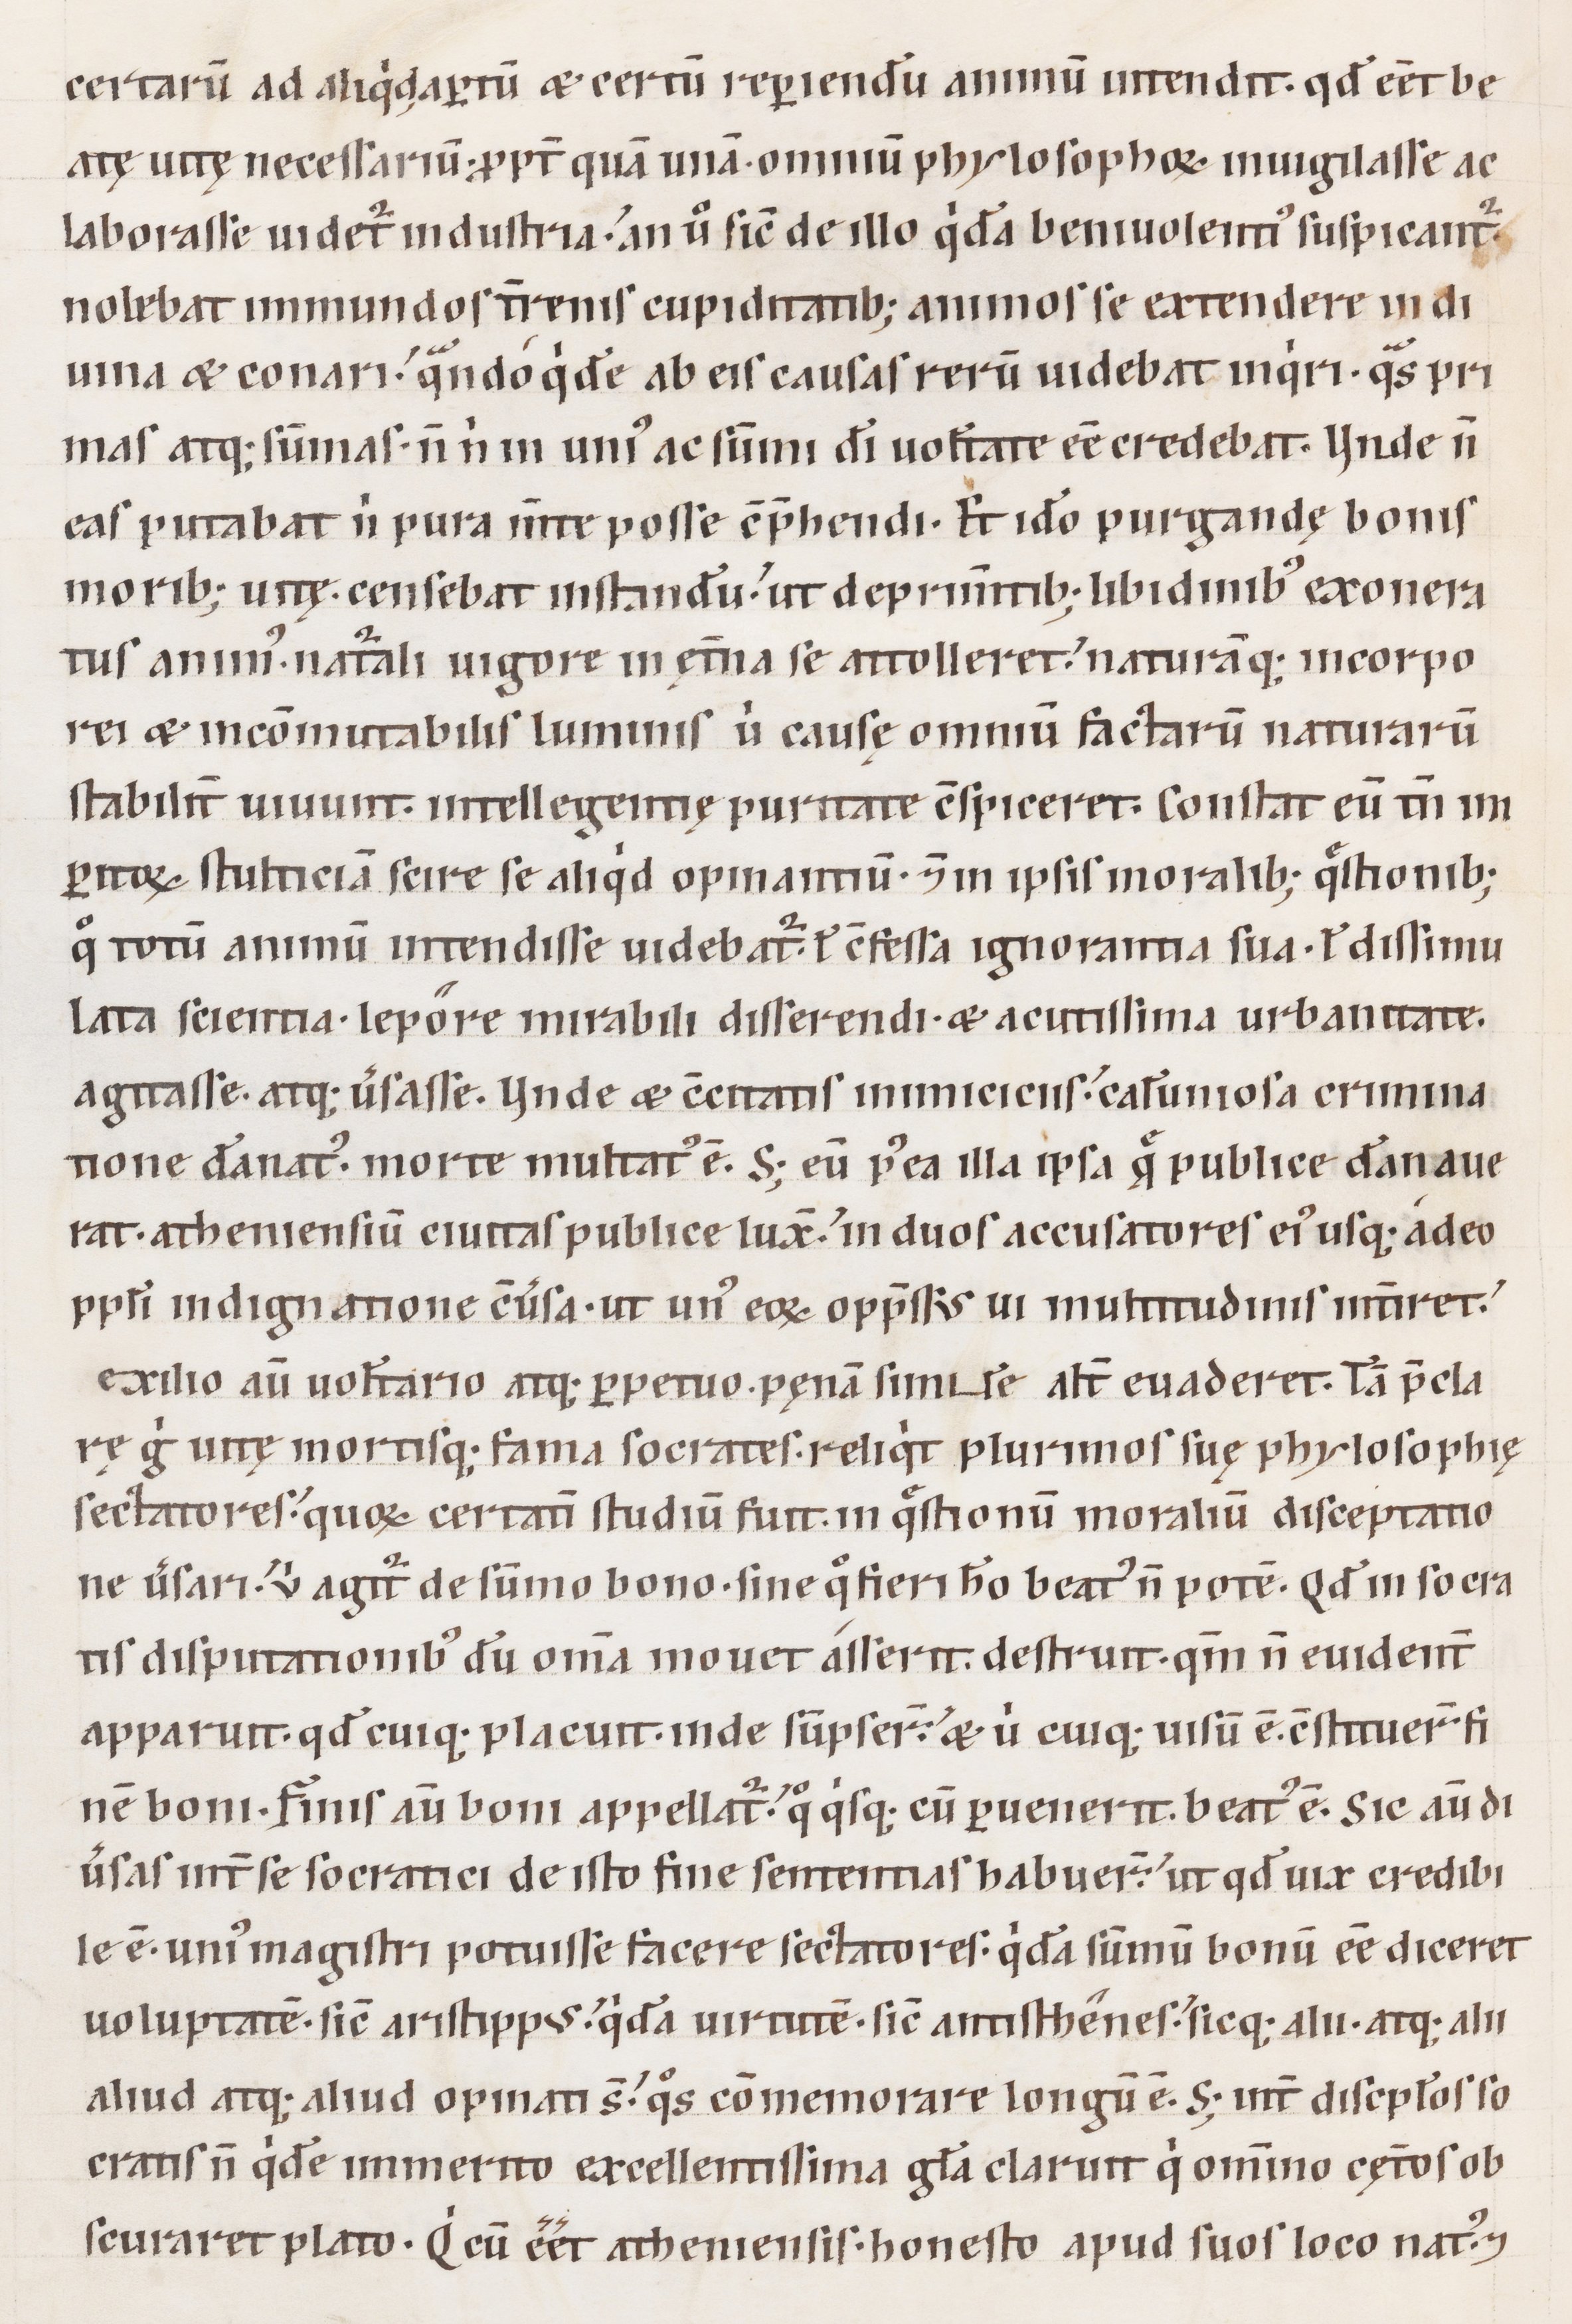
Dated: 1100–1199